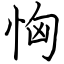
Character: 恟